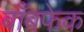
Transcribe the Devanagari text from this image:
बाँबफेक